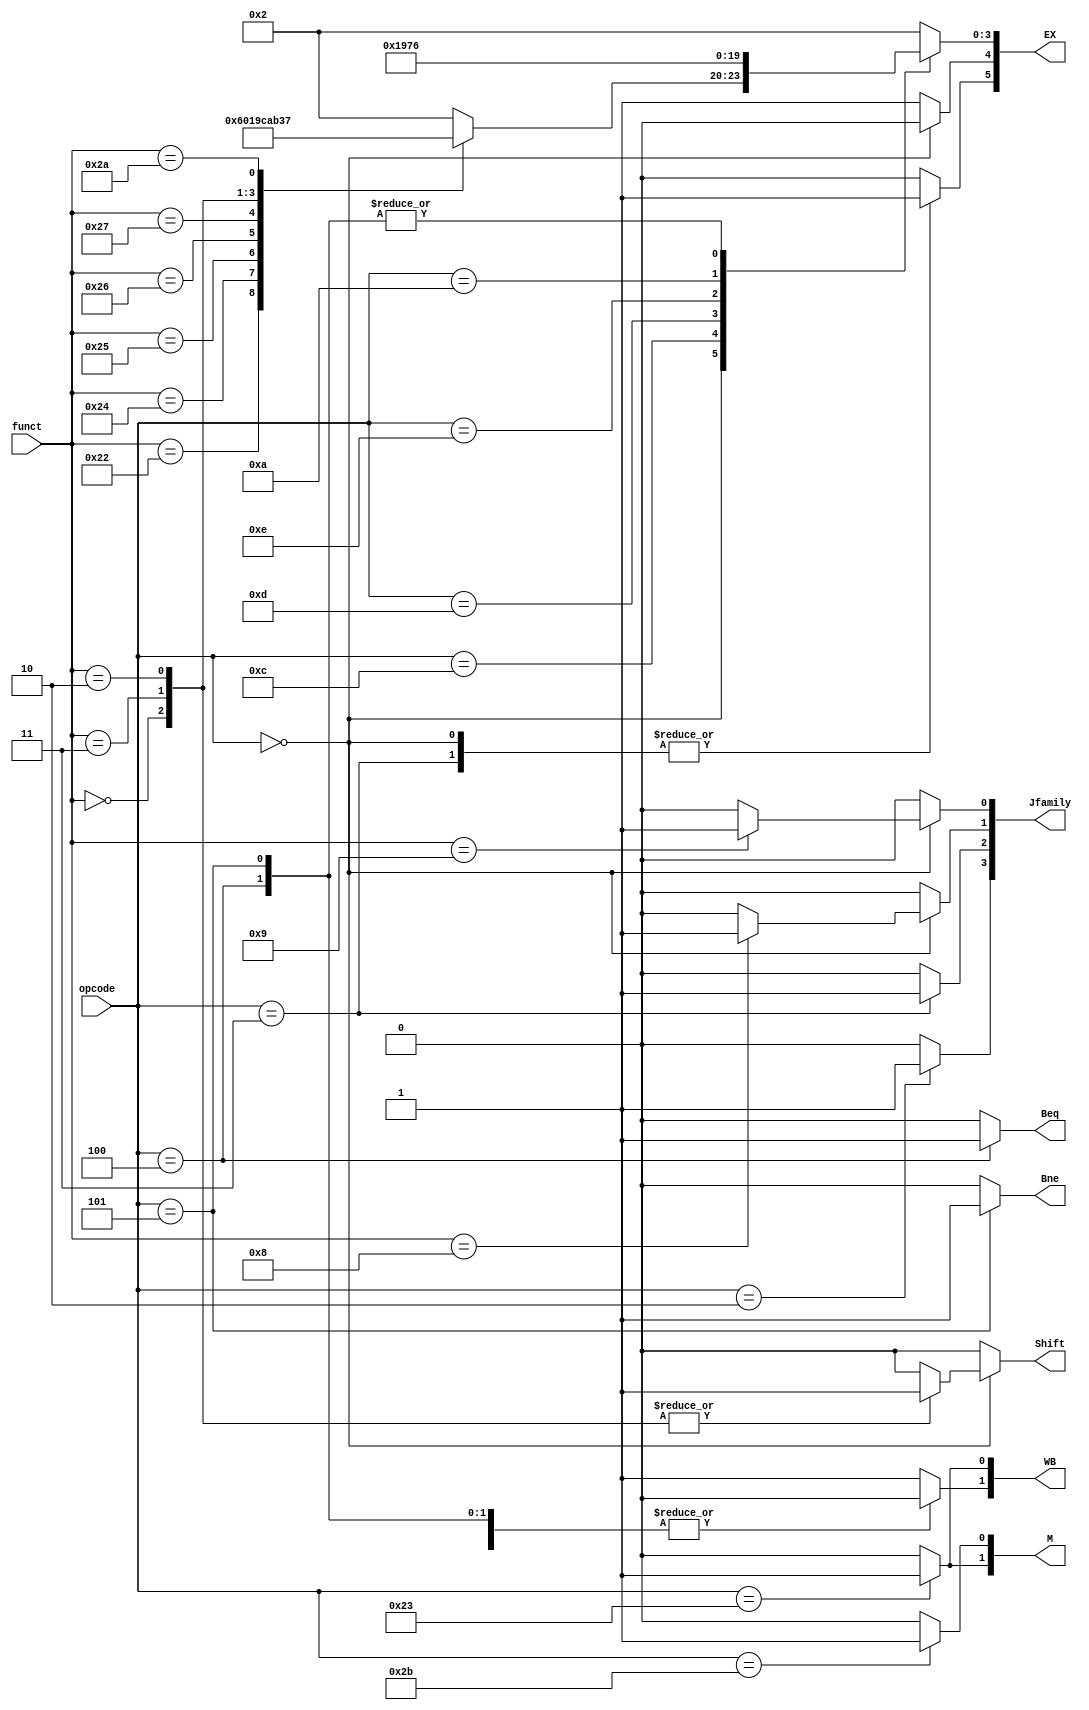
module Control(
    //input 
    opcode, //Instruction[31:26]
    funct,  //Instruction[5:0]
    //output 
    WB,
    M,
    EX,
    Beq,
    Bne,
    Jfamily,
    Shift
);
output  [1:0] WB;
output  [1:0] M;
output  [5:0] EX;
output  [3:0] Jfamily;
output        Beq;
output        Bne;
output        Shift;
input   [5:0] opcode;
input   [5:0] funct;

parameter AND   = 4'b0000;
parameter OR    = 4'b0001;
parameter ADD   = 4'b0010;
parameter SRL   = 4'b0011;
parameter SUB   = 4'b0110;
parameter SLT   = 4'b0111;
parameter XOR   = 4'b1001;
parameter SLL   = 4'b1010;
parameter SRA   = 4'b1011;
parameter NOR   = 4'b1100;
parameter SLTI  = 4'b1110;

reg       RegWrite;
reg       MemtoReg; 
reg       Beq;     
reg       Bne;     
reg       MemRead;    
reg       MemWrite;   
reg       RegDst;     
reg       ALUSrc;
reg [3:0] ALUControl;
reg       J, JAL, JR, JALR; 
reg       Shift;       

assign WB = {RegWrite, MemtoReg};
assign M  = {MemRead, MemWrite};
assign EX = {RegDst, ALUSrc, ALUControl};
assign Jfamily = {J, JAL, JR, JALR};

always @(*) begin

    RegWrite    = 1'b1;
    MemtoReg    = 1'b0;
    Beq         = 1'b0;
    Bne         = 1'b0;
    MemRead     = 1'b0;
    MemWrite    = 1'b0;
    RegDst      = 1'b0;
    ALUControl  = ADD;
    ALUSrc      = 1'b1;
    J           = 1'b0;
    JAL         = 1'b0;
    JR          = 1'b0;
    JALR        = 1'b0;
    Shift       = 1'b0;

    // brute force solution
    case (opcode)
        
        6'b000000: begin // R type
            RegDst      = 1'b1;
            ALUSrc      = 1'b0;
            case (funct)
                6'b100000: begin // ADD
                    ALUControl  = ADD;
                end
                6'b100010: begin // SUB
                    ALUControl  = SUB;
                end
                6'b100100: begin // AND
                    ALUControl  = AND;
                end
                6'b100101: begin // OR
                    ALUControl  = OR;
                end
                6'b100110: begin // XOR
                    ALUControl  = XOR;
                end
                6'b100111: begin // NOR
                    ALUControl  = NOR;
                end
                6'b000000: begin // SLL
                    ALUControl  = SLL;
                    Shift       = 1'b1;
                end
                6'b000011: begin // SRA
                    ALUControl  = SRA;
                    Shift       = 1'b1;
                end
                6'b000010: begin // SRL
                    ALUControl  = SRL;
                    Shift       = 1'b1;
                end
                6'b101010: begin // SLT
                    ALUControl  = SLT;
                end
                6'b001000: begin // JR
                    JR          = 1'b1;
                end
                6'b001001: begin // JALR
                    JALR        = 1'b1;
                end
                default begin

                end
            endcase
        end
        6'b001000: begin // ADDI
            ALUControl = ADD;
        end
        6'b001100: begin // ANDI
            ALUControl = AND;
        end
        6'b001101: begin // ORI
            ALUControl = OR;
        end
        6'b001110: begin // XORI
            ALUControl = XOR;
        end
        6'b001010: begin // SLTI
            ALUControl = SLT;
        end
        6'b000100: begin // BEQ
            RegWrite    = 1'b0;
            Beq      = 1'b1;
            ALUControl = SUB;
        end
        6'b000101: begin // BNE
            RegWrite    = 1'b0;
            Bne      = 1'b1;
            ALUControl = SUB;
        end
        6'b100011: begin // LW
            MemtoReg    = 1'b1;
            MemRead     = 1'b1;
            ALUControl = ADD;
        end
        6'b101011: begin // SW
            RegWrite    = 1'b0;
            MemWrite    = 1'b1;
            ALUControl = ADD;
        end
        6'b000010: begin // J
            RegWrite    = 1'b0;
            ALUControl  = ADD;
            J           = 1'b1;
        end
        6'b000011: begin // JAL
            RegWrite    = 1'b1;
            RegDst      = 1'b1;
            ALUControl  = ADD;
            JAL         = 1'b1;
        end  
        default begin
            RegWrite    = 1'b1;
            MemtoReg    = 1'b0;
            Beq         = 1'b0;
            Bne         = 1'b0;
            MemRead     = 1'b0;
            MemWrite    = 1'b0;
            RegDst      = 1'b0;
            ALUControl  = ADD;
            ALUSrc      = 1'b1;
            J           = 1'b0;
            JAL         = 1'b0;
            JR          = 1'b0;
            JALR        = 1'b0;
        end
    endcase
end
       
endmodule